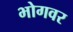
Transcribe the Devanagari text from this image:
भोगवर